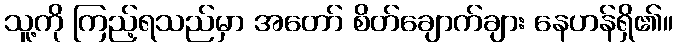
သူ့ကို ကြည့်ရသည်မှာ အတော် စိတ်ချောက်ချား နေဟန်ရှိ၏။